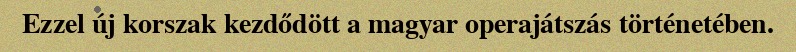
Ezzel új korszak kezdődött a magyar operajátszás történetében.